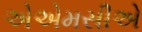
એએમસીએ